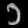
Digit: ၁